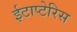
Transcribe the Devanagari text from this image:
ईटाप्टेरिस